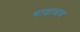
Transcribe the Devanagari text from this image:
भाणाचाच